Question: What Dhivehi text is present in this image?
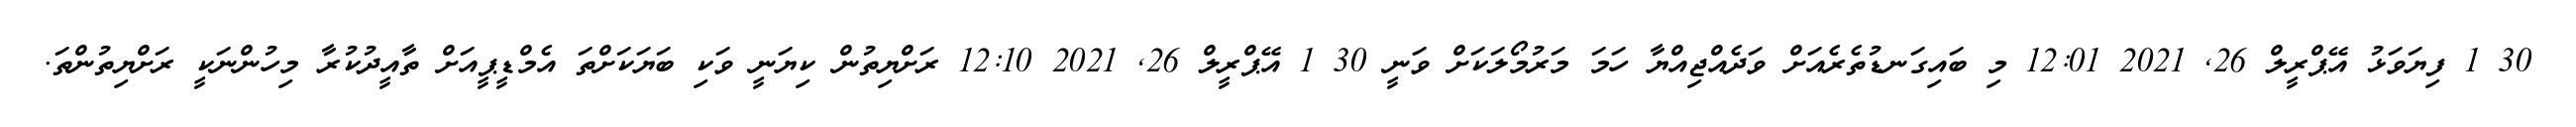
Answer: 30 1 ފިޔަވަޅު އޭޕްރީލް 26, 2021 12:01 މި ބައިގަނޑުތެރެއަށް ވަދެއްޖިއްޔާ ހަމަ މަރުމޯލަކަށް ވަނީ 30 1 އޭޕްރީލް 26, 2021 12:10 ރަށްޔިތުން ކިޔަނީ ވަކި ބަޔަކަށްތަ އެމްޑީޕީއަށް ތާއީދުކުރާ މިހުންނަކީ ރަށްޔިތުންތަ.